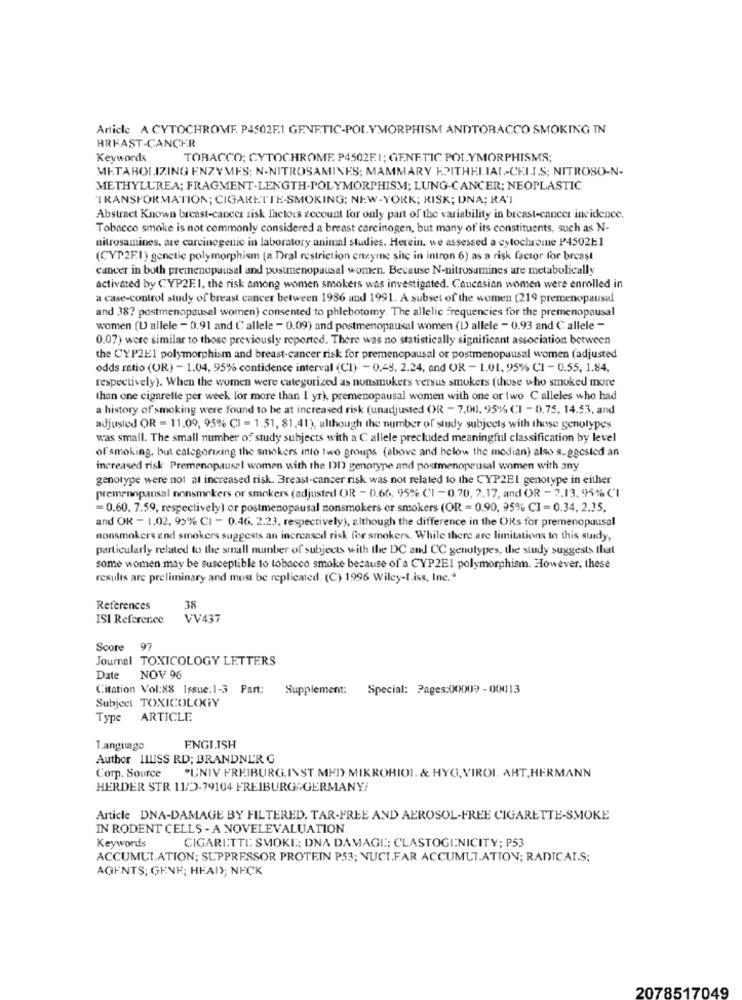
Article A CYTOCHROME P4502F.1 GENETIC-POLYMORPHISM ANDTORACCO SMOKING IN
BREAST CANCER
Keywords
TOBACCO; CYTOCHROME P4502F.I; GENETIC POLYMORPHISMS;
METABOLIZING ENZYMES; N-NITROSAMINES; MAMMARY EPITHELIAL-CHIJ.S; NITROSO-N-
METHYLUREA; FRAGMENT-LENGTH-POLYMORPHISM; LUNG-CANCER; NEOPLASTIC
"TRANSFORMATION; CIGARETTE-SMOKING; NEW-YORK; RISK; DNA; KAT
Abstract Known breast-cancer risk factors account for only part of the variability in breast-cancer incidence.
Tobacco smoke is not commonly considered a breast carcinogen, but many of its constituents, such as N-
nitrosamines, are carcinogenic in laboratory animal studies. Herein. we assessed a cytochrome P4502E1
(CYP2F.1) genetic polymorphism (a Dral restriction enzyme site in intron 6) as a risk factor for breast
cancer in both premenopausal and postmenopausal women. Because N-nitrosamines are metabolically
activated by CYP2F.1, the risk among women smokers was investigated. Caucasian women were enrolled in
a case-control study of breast cancer between 1986 and 1991. A subset of the women (219 premenopausal
and 38? postmenopausal women) consented to phlebotomy. The allelic Frequencies for the premenopausal
women (I allele - 0.91 and Callele - 0.09) and postmenopausal women (D) allele - 0.93 and Callele -
0.07) were similar to those previously reported. There was no statistically significant association between
the CYP2E1 polymorphism and breast-cancer risk for premenopausal or postmenopausal women (adjusted
odds ratio (OR) - 1.04, 95% confidence interval (CI) - 0.49, 2.24, and OR - 1.01. 95% CI - 0.55, 1.84.
respectively). When the women were categorized as nonsmokers versus smokers (those who smoked more
than one cigarette per week for more than 1 yr), premenopausal women with one or two C alleles who had
a history of smoking were found to be at increased risk (unadjusted OR - 7.00. 95% CI - 0.75, 14.53, and
adjusted OR = 11.09, 95% CI = 1.51, 81,41), although the number of study subjects with those genotypes
was small. The small number of study subjects with a C allele precluded meaningful classification by level
of smoking, but categorizing the smokers into two groups (above and below the median) also suggested an
increased risk Premenopausal women with the DD genotype and postmenopausal women with any
genotype were not at increased risk. Breast-cancer risk was not related to the CYP2EI genotype in either
premenopausal nonsmokers or smokers (adjusted OR - 0.66, 95% CI - 0.20, 2.17, and OR - 2.13. 95% CI
=0.60. 7.59, respectively) or postmenopausal nonsmokers or smokers (OR = 0.90, 95% CI = 0.34, 2.35.
and OK - 1.02, 95% CI - 0.46. 2.23, respectively), although the difference in the ORs for premenopausal
nonsmokers and smokers suggests an increased risk for smokers. While there are limitations to this study,
particularly related to the small number of subjects with the DC and CC genotypes, the study suggests that
some women may be susceptible to tobacco smoke because of a CYP2EI polymorphism. However, these
results are preliminary and must be replicated. (C) 1996 Wiley-[.iss, Ine .*
References
38
ISI Reference
VV437
Score 97
Journal TOXICOLOGY LETTERS
Date NOV 96
Citation Vol:88 Issue:1-3 Part: Supplement: Special: Pages:00009 -00013
Subject TOXICOLOGY
Type
ARTICLE
Language
ENGLISH
Author HIESS RD; BRANDNER G
Comp. Source "UNIV FREIBURG, INST MED MIKROBIOI. & HYG, VIROL. ART,HERMANN
HERDER STR 11/2-79104 FREIBURG GERMANY!
Article DNA-DAMAGE BY FILTERED, TAR-FREE AND AEROSOL-FREE CIGARETTE-SMOKE
IN RODENT CELLS - A NOVELEVALUATION
Keywords
CIGARETTE SMOKE ,; DNA DAMAGE; CLASTOGINICITY; P53
ACCUMULATION; SUPPRESSOR PROTEIN P53; NUCI.FAR ACCUMUL.ATTON; RADICAL.S:
AGENTS; GENE; HEAD; NECK
2078517049